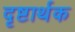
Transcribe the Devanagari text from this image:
दृष्टार्थक